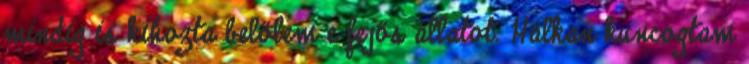
mindig is kihozta belőlem e fejős állatot. Halkan kuncogtam